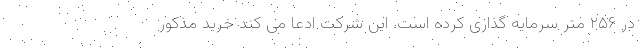
در ۲۵۶ متر سرمایه گذاری کرده است. این شرکت ادعا می کند خرید مذکور